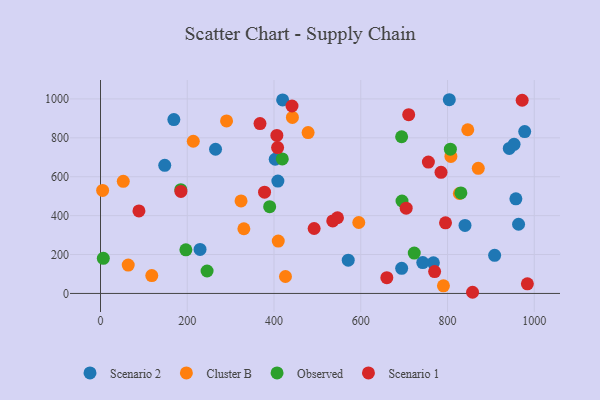
{"axis": {"x": "Investment", "y": "Yield"}, "legend": ["Cluster B", "Observed", "Scenario 1", "Scenario 2"], "data": [{"x": "963.8", "y": 355.7, "type": "Scenario 2"}, {"x": "169.1", "y": 893.9, "type": "Scenario 2"}, {"x": "229.5", "y": 226.1, "type": "Scenario 2"}, {"x": "694.3", "y": 128.9, "type": "Scenario 2"}, {"x": "977.9", "y": 832.4, "type": "Scenario 2"}, {"x": "942.4", "y": 745.7, "type": "Scenario 2"}, {"x": "953.4", "y": 766.6, "type": "Scenario 2"}, {"x": "148.1", "y": 658.6, "type": "Scenario 2"}, {"x": "419.9", "y": 994.7, "type": "Scenario 2"}, {"x": "804.1", "y": 995.9, "type": "Scenario 2"}, {"x": "957.6", "y": 486.5, "type": "Scenario 2"}, {"x": "265.2", "y": 741.3, "type": "Scenario 2"}, {"x": "571.1", "y": 171.0, "type": "Scenario 2"}, {"x": "408.9", "y": 577.7, "type": "Scenario 2"}, {"x": "908.6", "y": 195.8, "type": "Scenario 2"}, {"x": "840.3", "y": 349.6, "type": "Scenario 2"}, {"x": "767.4", "y": 157.6, "type": "Scenario 2"}, {"x": "742.9", "y": 158.9, "type": "Scenario 2"}, {"x": "402.8", "y": 689.8, "type": "Scenario 2"}, {"x": "442.4", "y": 904.7, "type": "Cluster B"}, {"x": "52.5", "y": 576.5, "type": "Cluster B"}, {"x": "426.4", "y": 87.0, "type": "Cluster B"}, {"x": "478.6", "y": 826.8, "type": "Cluster B"}, {"x": "790.6", "y": 39.3, "type": "Cluster B"}, {"x": "63.9", "y": 145.9, "type": "Cluster B"}, {"x": "846.7", "y": 841.5, "type": "Cluster B"}, {"x": "595.4", "y": 364.8, "type": "Cluster B"}, {"x": "213.9", "y": 782.5, "type": "Cluster B"}, {"x": "330.5", "y": 332.6, "type": "Cluster B"}, {"x": "870.9", "y": 643.1, "type": "Cluster B"}, {"x": "324.0", "y": 475.7, "type": "Cluster B"}, {"x": "827.3", "y": 513.7, "type": "Cluster B"}, {"x": "118.2", "y": 91.6, "type": "Cluster B"}, {"x": "4.9", "y": 529.8, "type": "Cluster B"}, {"x": "290.6", "y": 886.7, "type": "Cluster B"}, {"x": "409.8", "y": 269.4, "type": "Cluster B"}, {"x": "807.8", "y": 704.4, "type": "Cluster B"}, {"x": "6.5", "y": 180.4, "type": "Observed"}, {"x": "245.7", "y": 115.5, "type": "Observed"}, {"x": "694.2", "y": 805.5, "type": "Observed"}, {"x": "723.3", "y": 207.5, "type": "Observed"}, {"x": "196.8", "y": 224.0, "type": "Observed"}, {"x": "185.1", "y": 533.7, "type": "Observed"}, {"x": "806.6", "y": 741.6, "type": "Observed"}, {"x": "419.1", "y": 691.5, "type": "Observed"}, {"x": "695.1", "y": 475.3, "type": "Observed"}, {"x": "390.0", "y": 446.1, "type": "Observed"}, {"x": "830.8", "y": 516.6, "type": "Observed"}, {"x": "972.1", "y": 993.1, "type": "Scenario 1"}, {"x": "378.2", "y": 520.7, "type": "Scenario 1"}, {"x": "367.7", "y": 873.2, "type": "Scenario 1"}, {"x": "785.0", "y": 622.9, "type": "Scenario 1"}, {"x": "795.4", "y": 363.2, "type": "Scenario 1"}, {"x": "535.4", "y": 372.8, "type": "Scenario 1"}, {"x": "408.3", "y": 749.9, "type": "Scenario 1"}, {"x": "857.7", "y": 6.0, "type": "Scenario 1"}, {"x": "492.5", "y": 333.9, "type": "Scenario 1"}, {"x": "660.1", "y": 81.2, "type": "Scenario 1"}, {"x": "406.6", "y": 812.2, "type": "Scenario 1"}, {"x": "770.3", "y": 112.4, "type": "Scenario 1"}, {"x": "88.6", "y": 424.1, "type": "Scenario 1"}, {"x": "755.9", "y": 675.2, "type": "Scenario 1"}, {"x": "185.4", "y": 524.5, "type": "Scenario 1"}, {"x": "984.1", "y": 49.3, "type": "Scenario 1"}, {"x": "704.7", "y": 438.6, "type": "Scenario 1"}, {"x": "546.3", "y": 389.2, "type": "Scenario 1"}, {"x": "710.5", "y": 919.0, "type": "Scenario 1"}, {"x": "441.5", "y": 963.6, "type": "Scenario 1"}]}